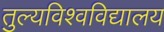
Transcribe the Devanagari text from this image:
तुल्यविश्वविद्यालय